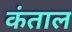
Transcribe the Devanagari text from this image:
कंताल